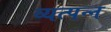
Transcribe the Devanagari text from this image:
व्‍यत्‍पन्‍न